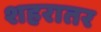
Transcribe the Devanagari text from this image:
शहरातर